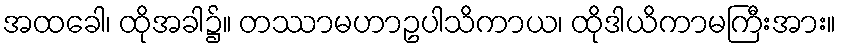
အထခေါ၊ ထိုအခါ၌။ တဿာမဟာဥပါသိကာယ၊ ထိုဒါယိကာမကြီးအား။